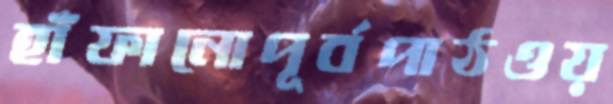
হাঁফানোপূর্বপাঠওয়